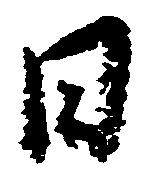
日